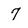
Character: 7